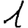
Digit: 1